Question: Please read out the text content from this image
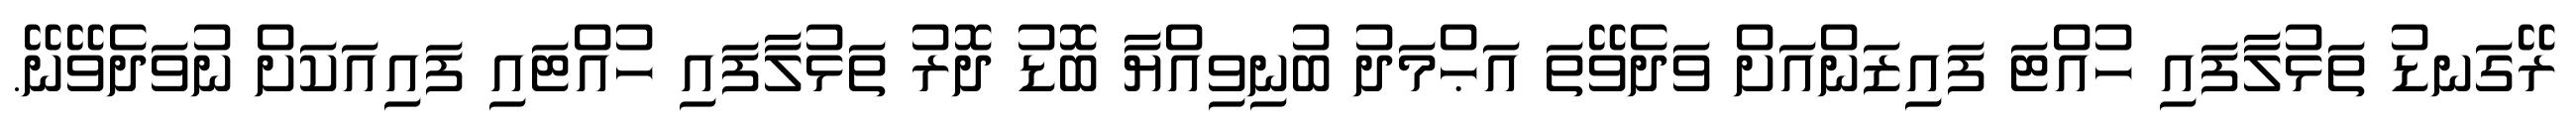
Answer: ރޭގަނޑު ތަޅުލާފައި ހުއްޓަ ފައިޒަންއަށް ވަދެވޭތަ އަޙްމަދު ބުނިވިއްޔާ ބޮޑު ދޮރު ތަޅުލާފައި ހުއްޓައި ފައިއަކަށް ނުވަދެވޭނޭ.